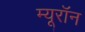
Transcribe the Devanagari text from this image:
म्यूरॉन